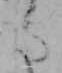
た